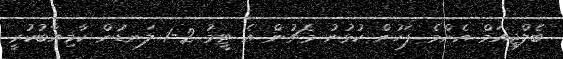
ބެލްޖިއަމް އެންމެ ފަހުން ކުޅުނު މެޗުން އެ ޓީމު 2-1 ލަނޑުން ކާމިޔާބުކުރީ